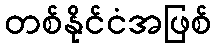
တစ်နိုင်ငံအဖြစ်